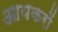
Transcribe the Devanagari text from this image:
आयकरों